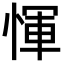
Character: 惲